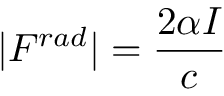
| F ^ { r a d } | = { \frac { 2 \alpha I } { c } }